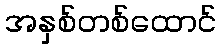
အနှစ်တစ်ထောင်